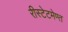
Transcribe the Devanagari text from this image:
रीस्टेटमेण्त